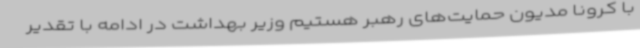
با کرونا مدیون حمایت‌های رهبر هستیم وزیر بهداشت در ادامه با تقدیر